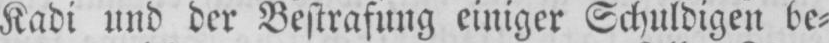
Kadi und der Bestrafung einiger Schuldigen be⸗